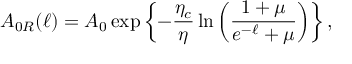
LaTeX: A _ { 0 R } ( \ell ) = A _ { 0 } \exp \left\{ - \frac { \eta _ { c } } { \eta } \ln \left( \frac { 1 + \mu } { e ^ { - \ell } + \mu } \right) \right\} ,